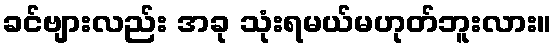
ခင်ဗျားလည်း အခု သုံးရမယ်မဟုတ်ဘူးလား။